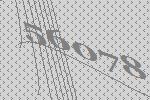
56078